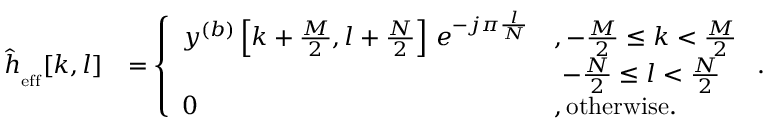
\begin{array} { r l } { { \widehat h } _ { _ { \mathrm { \scriptsize { e f f } } } } [ k , l ] } & { = \left\{ \begin{array} { l l } { { y } ^ { ( b ) } \left[ k + \frac { M } { 2 } , l + \frac { N } { 2 } \right] \, e ^ { - j \pi \frac { l } { N } } } & { , - \frac { M } { 2 } \leq k < \frac { M } { 2 } } \\ & { \, \, - \frac { N } { 2 } \leq l < \frac { N } { 2 } } \\ { 0 } & { , \mathrm { \small { o t h e r w i s e . } } } \end{array} \right. . } \end{array}